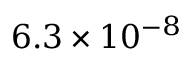
{ 6 . 3 \times 1 0 ^ { - 8 } }